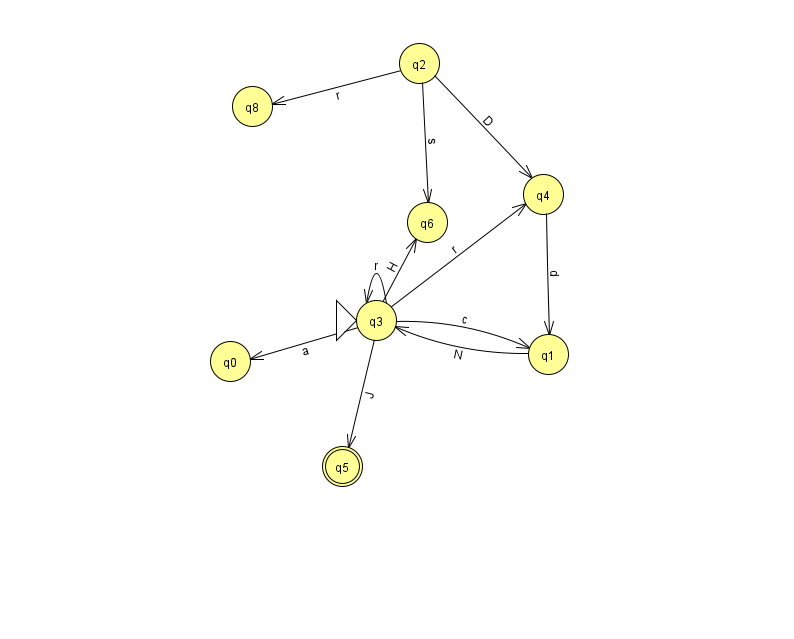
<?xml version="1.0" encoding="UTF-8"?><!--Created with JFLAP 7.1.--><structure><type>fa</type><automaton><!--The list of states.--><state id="0" name="q0"><x>230.0</x><y>348.0</y></state><state id="1" name="q1"><x>548.0</x><y>341.0</y></state><state id="2" name="q2"><x>419.0</x><y>50.0</y></state><state id="3" name="q3"><x>376.0</x><y>307.0</y><initial/></state><state id="4" name="q4"><x>543.0</x><y>181.0</y></state><state id="5" name="q5"><x>342.0</x><y>453.0</y><final/></state><state id="6" name="q6"><x>427.0</x><y>209.0</y></state><state id="8" name="q8"><x>252.0</x><y>93.0</y></state><!--The list of transitions.--><transition><from>3</from><to>3</to><read>r</read></transition><transition><from>2</from><to>8</to><read>r</read></transition><transition><from>3</from><to>0</to><read>a</read></transition><transition><from>2</from><to>6</to><read>s</read></transition><transition><from>3</from><to>1</to><read>c</read></transition><transition><from>2</from><to>4</to><read>D</read></transition><transition><from>1</from><to>3</to><read>N</read></transition><transition><from>3</from><to>4</to><read>r</read></transition><transition><from>3</from><to>5</to><read>J</read></transition><transition><from>4</from><to>1</to><read>d</read></transition><transition><from>3</from><to>6</to><read>H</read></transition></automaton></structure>